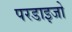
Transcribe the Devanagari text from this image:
परडाइजो